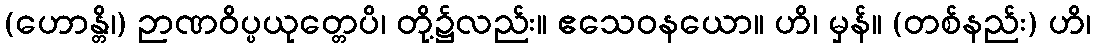
(ဟောန္တိ၊) ဉာဏဝိပ္ပယုတ္တေပိ၊ တို့၌လည်း။ ဧသေဝနယော။ ဟိ၊ မှန်။ (တစ်နည်း) ဟိ၊